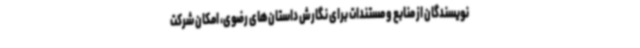
نویسندگان از منابع و مستندات برای نگارش داستان‌های رضوی، امکان شرکت